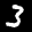
Label: 3